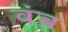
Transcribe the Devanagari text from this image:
वंब